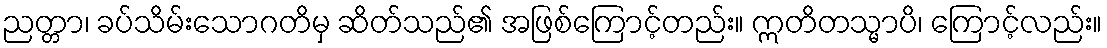
ညတ္တာ၊ ခပ်သိမ်းသောဂတိမှ ဆိတ်သည်၏ အဖြစ်ကြောင့်တည်း။ ဣတိတသ္မာပိ၊ ကြောင့်လည်း။